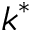
k ^ { * }